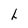
Character: L